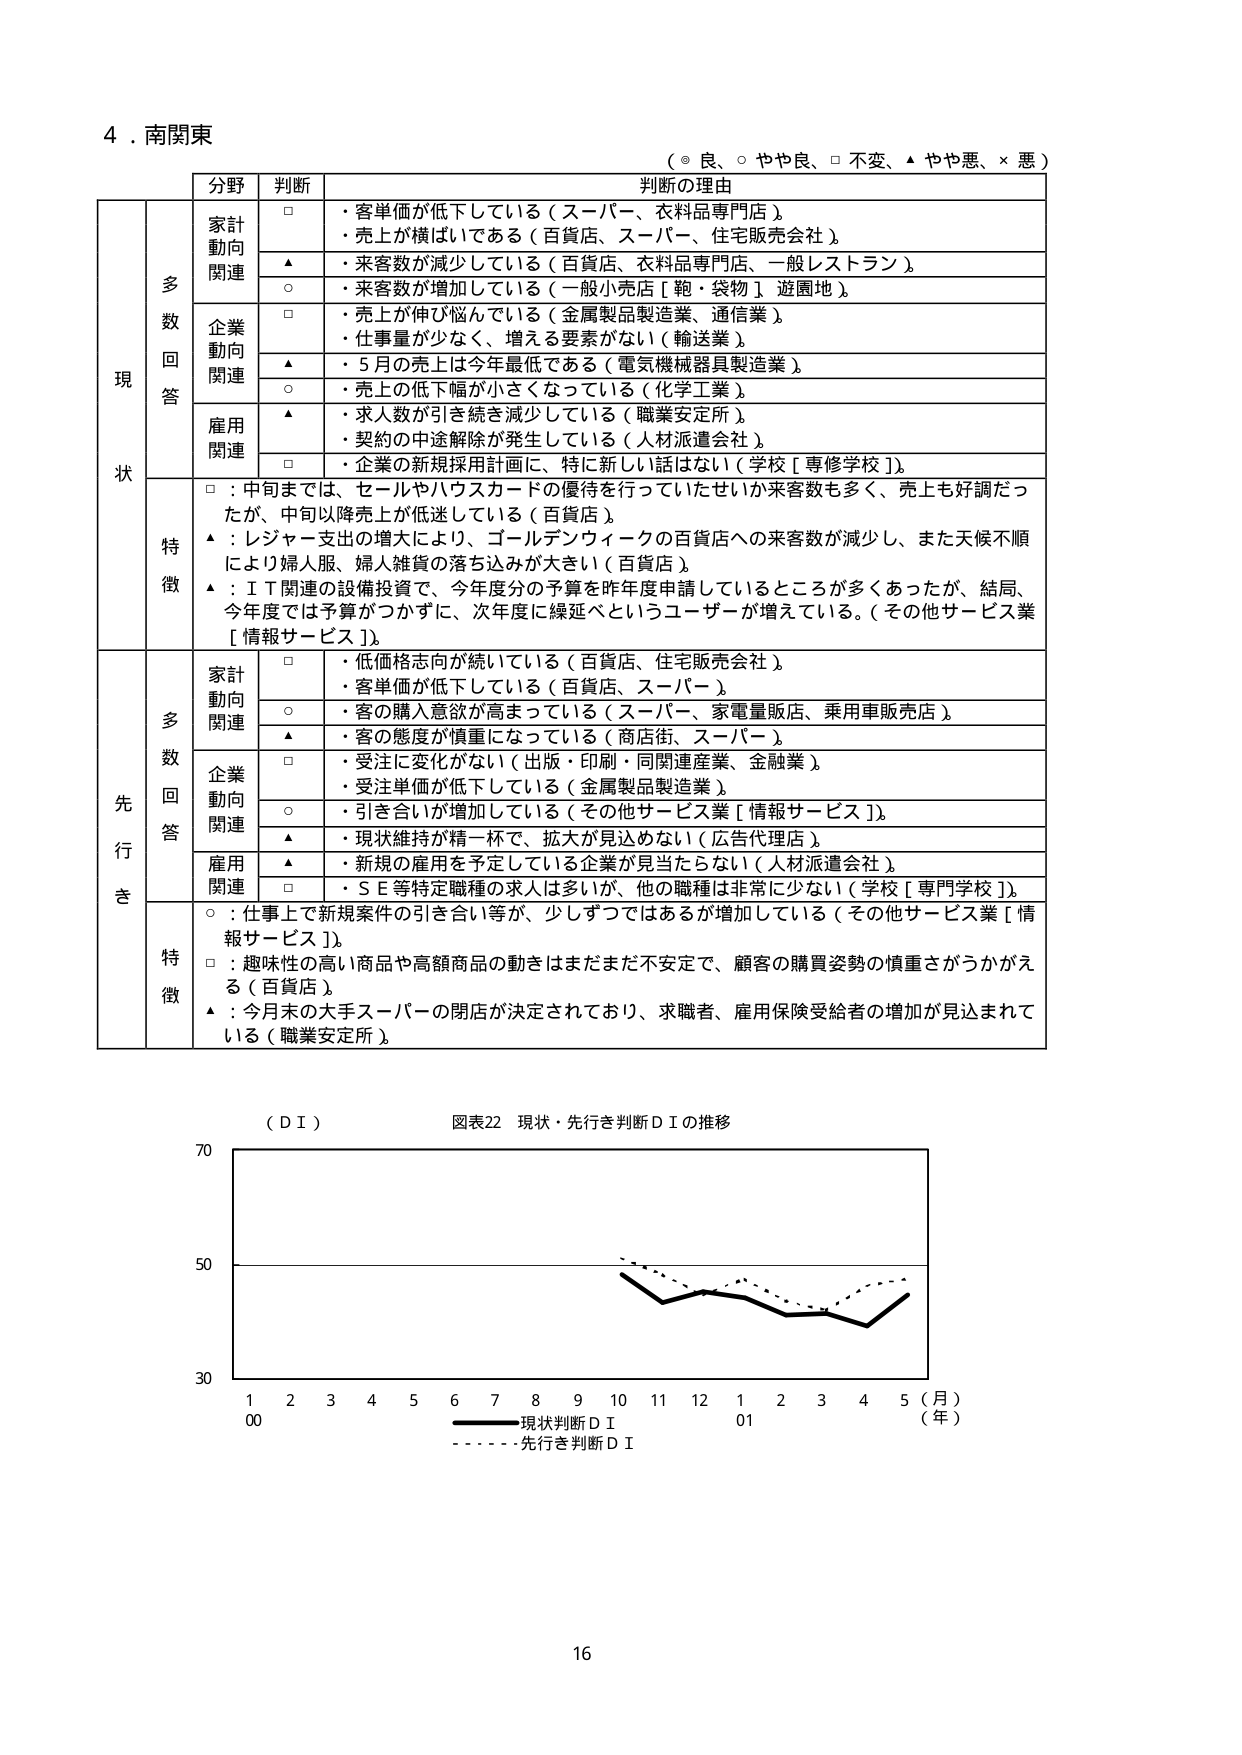
4．南関東

（◎ 良、○ やや良、□ 不変、▲ やや悪、× 悪）

分野 判断 判断の理由

現状

多数回答

家計動向関連
□ ・客単価が低下している（スーパー、衣料品専門店）
・売上が横ばいである（百貨店、スーパー、住宅販売会社）
▲ ・来客数が減少している（百貨店、衣料品専門店、一般レストラン）
○ ・来客数が増加している（一般小売店［鞄・袋物］遊園地）

企業動向関連
□ ・売上が伸び悩んでいる（金属製品製造業、通信業）
・仕事量が少なく、増える要素がない（輸送業）
▲ ・5月の売上は今年最低である（電気機械器具製造業）
○ ・売上の低下幅が小さくなっている（化学工業）

雇用関連
▲ ・求人数が引き続き減少している（職業安定所）
・契約の中途解除が発生している（人材派遣会社）
□ ・企業の新規採用計画に、特に新しい話はない（学校［専修学校］）

特徴
□：中旬までは、セールやハウスカードの優待を行っていたせいか来客数も多く、売上も好調だったが、中旬以降売上が低迷している（百貨店）
▲：レジャー支出の増大により、ゴールデンウィークの百貨店への来客数が減少し、また天候不順により婦人服、婦人雑貨の落ち込みが大きい（百貨店）
▲：ＩＴ関連の設備投資で、今年度分の予算を昨年度申請しているところが多かったが、結局、今年度では予算がつかずに、次年度に繰延べというユーザーが増えている。（その他サービス業［情報サービス］）

先行き

多数回答

家計動向関連
□ ・低価格志向が続いている（百貨店、住宅販売会社）
・客単価が低下している（百貨店、スーパー）
○ ・客の購入意欲が高まっている（スーパー、家電量販店、乗用車販売店）
▲ ・客の態度が慎重になっている（商店街、スーパー）

企業動向関連
□ ・受注に変化がない（出版・印刷・同関連産業、金融業）
・受注単価が低下している（金属製品製造業）
○ ・引き合いが増加している（その他サービス業［情報サービス］）
▲ ・現状維持が精一杯で、拡大が見込めない（広告代理店）

雇用関連
▲ ・新規の雇用を予定している企業が見当たらない（人材派遣会社）
□ ・ＳＥ等特定職種の求人は多いが、他の職種は非常に少ない（学校［専門学校］）

特徴
○：仕事上で新規案件の引き合い等が、少しずつではあるが増加している（その他サービス業［情報サービス］）
□：趣味性の高い商品や高額商品の動きはまだまだ不安定で、顧客の購買姿勢の慎重さがうかがえる（百貨店）
▲：今月末の大手スーパーの閉店が決定されており、求職者、雇用保険受給者の増加が見込まれている（職業安定所）

（ＤＩ） 図表22 現状・先行き判断ＤＩの推移

70
50
30
1 2 3 4 5 6 7 8 9 10 11 12 1 2 3 4 5（月）
00 01 （年）
――――現状判断ＤＩ
――――――先行き判断ＤＩ

16